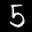
Label: 5